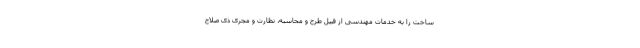
ساخت را به خدمات مهندسی از قبیل طرح و محاسبه، نظارت و مجری ذی صلاح